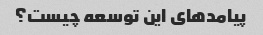
پیامدهای این توسعه چیست؟